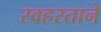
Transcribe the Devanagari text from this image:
स्वहस्ताने